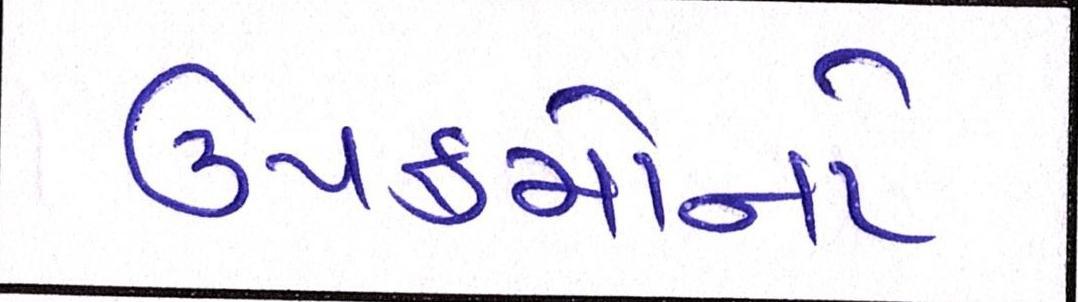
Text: ઉપક્રમોનો